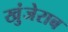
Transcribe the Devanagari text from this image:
खुंजेराब